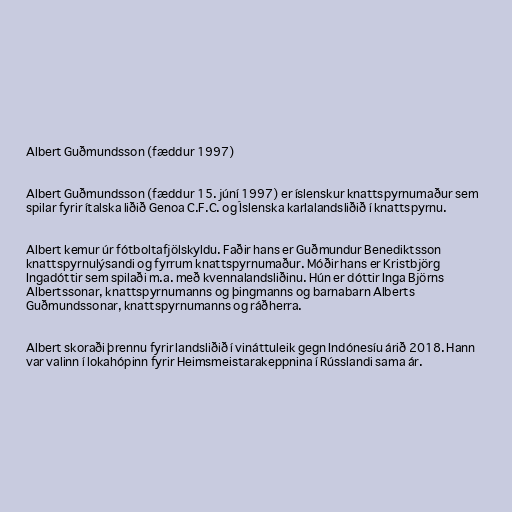
Albert Guðmundsson (fæddur 1997)

Albert Guðmundsson (fæddur 15. júní 1997) er íslenskur knattspyrnumaður sem
spilar fyrir ítalska liðið Genoa C.F.C. og Íslenska karlalandsliðið í knattspyrnu.

Albert kemur úr fótboltafjölskyldu. Faðir hans er Guðmundur Benediktsson
knattspyrnulýsandi og fyrrum knattspyrnumaður. Móðir hans er Kristbjörg
Ingadóttir sem spilaði m.a. með kvennalandsliðinu. Hún er dóttir Inga Björns
Albertssonar, knattspyrnumanns og þingmanns og barnabarn Alberts
Guðmundssonar, knattspyrnumanns og ráðherra.

Albert skoraði þrennu fyrir landsliðið í vináttuleik gegn Indónesíu árið 2018. Hann
var valinn í lokahópinn fyrir Heimsmeistarakeppnina í Rússlandi sama ár.